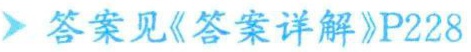
答案见《答案详解》P228